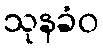
သုနခံဝ